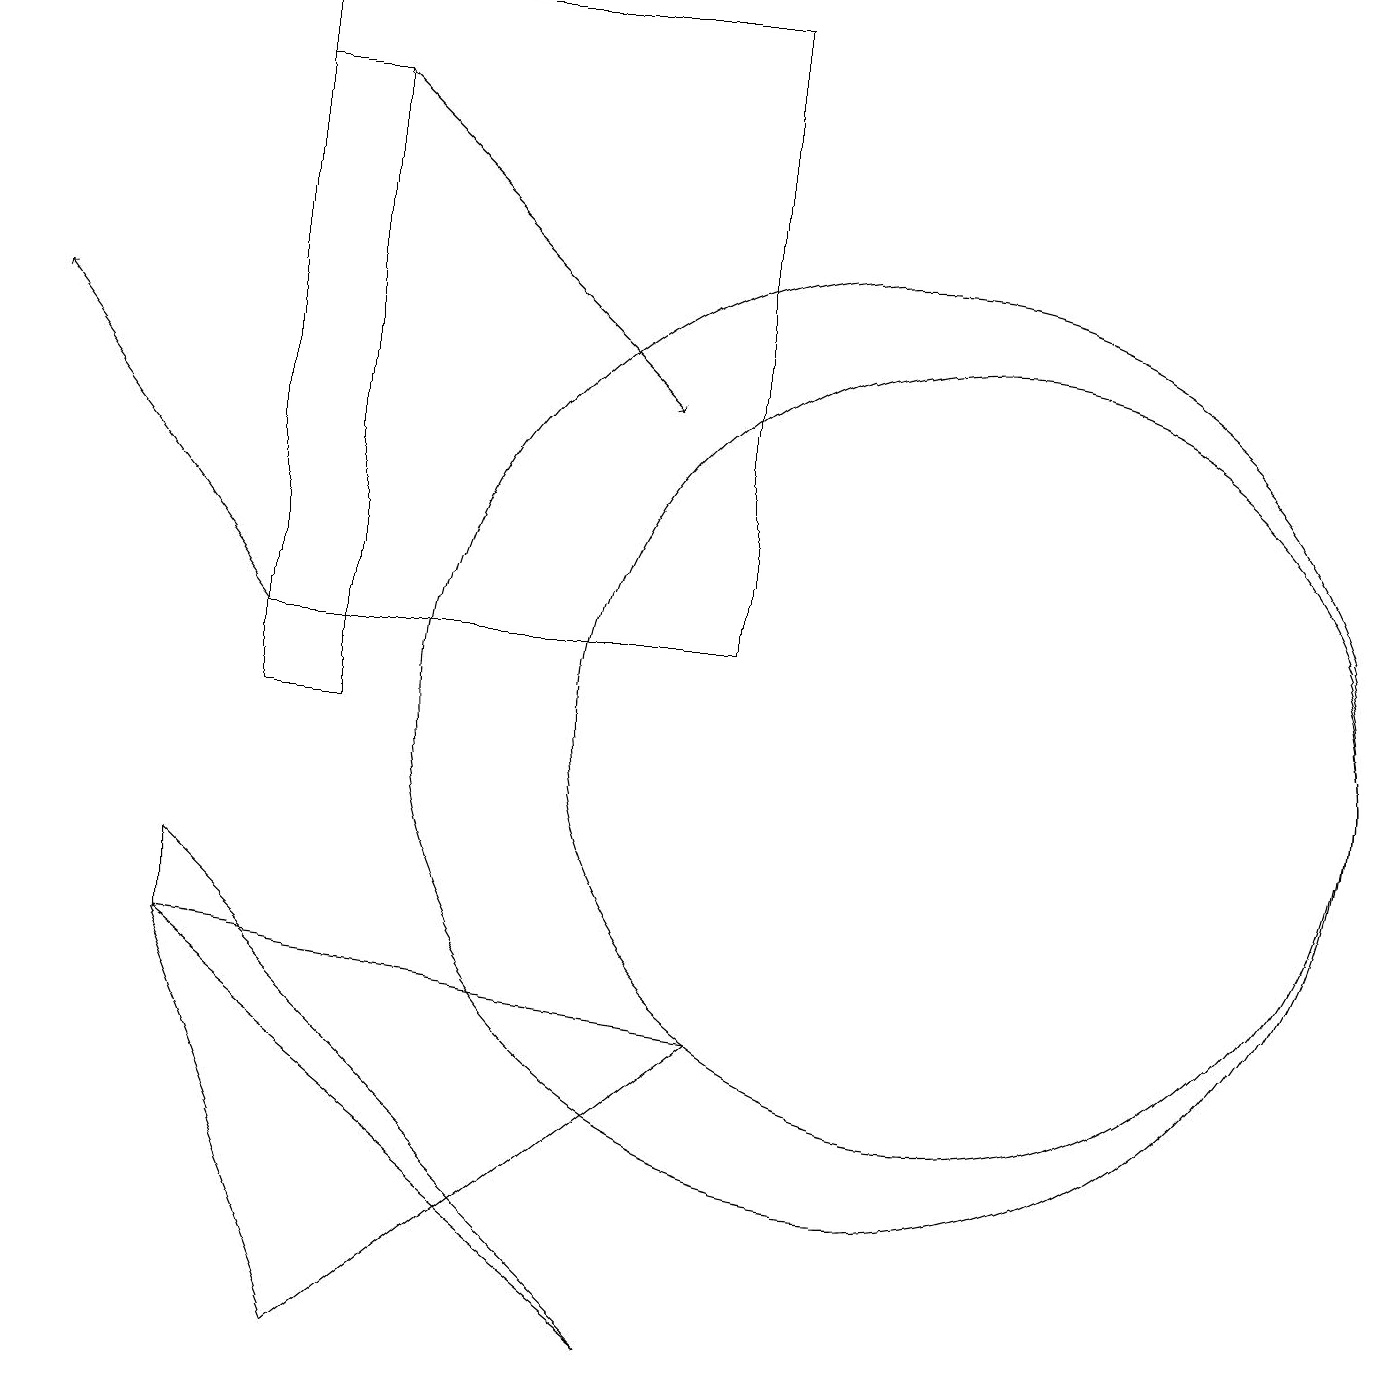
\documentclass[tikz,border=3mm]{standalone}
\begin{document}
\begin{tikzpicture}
\draw (3,10) rectangle (4,18);
\draw (8,2) -- (2,7) -- (2,8) -- cycle;
\draw (12,10) circle (5);
\draw (2,7) -- (9,6) -- (4,2) -- cycle;
\draw[->] (3,11) -- (0,15);
\draw (3,19) rectangle (9,11);
\draw[->] (4,18) -- (8,14);
\draw (11,10) circle (6);
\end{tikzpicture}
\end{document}